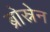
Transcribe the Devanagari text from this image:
ब्रोस्नेन